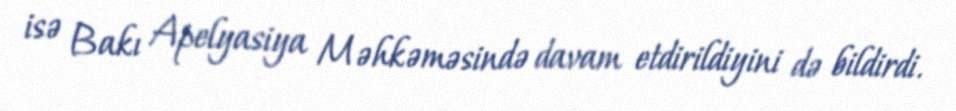
isə Bakı Apelyasiya Məhkəməsində davam etdirildiyini də bildirdi.